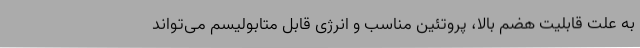
به علت قابلیت هضم بالا، پروتئین مناسب و انرژی قابل متابولیسم می‌تواند